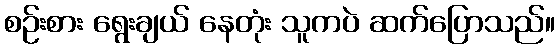
စဉ်းစား ရွေးချယ် နေတုံး သူကပဲ ဆက်ပြောသည်။